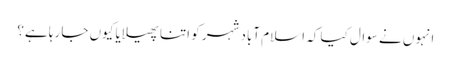
انہوں نے سوال کیا کہ اسلام آباد شہر کو اتنا پھیلایا کیوں جا رہا ہے؟